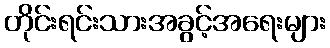
တိုင်းရင်းသားအခွင့်အရေးများ